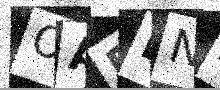
Text: OAPENA